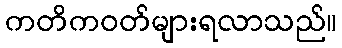
ကတိကဝတ်များရလာသည်။